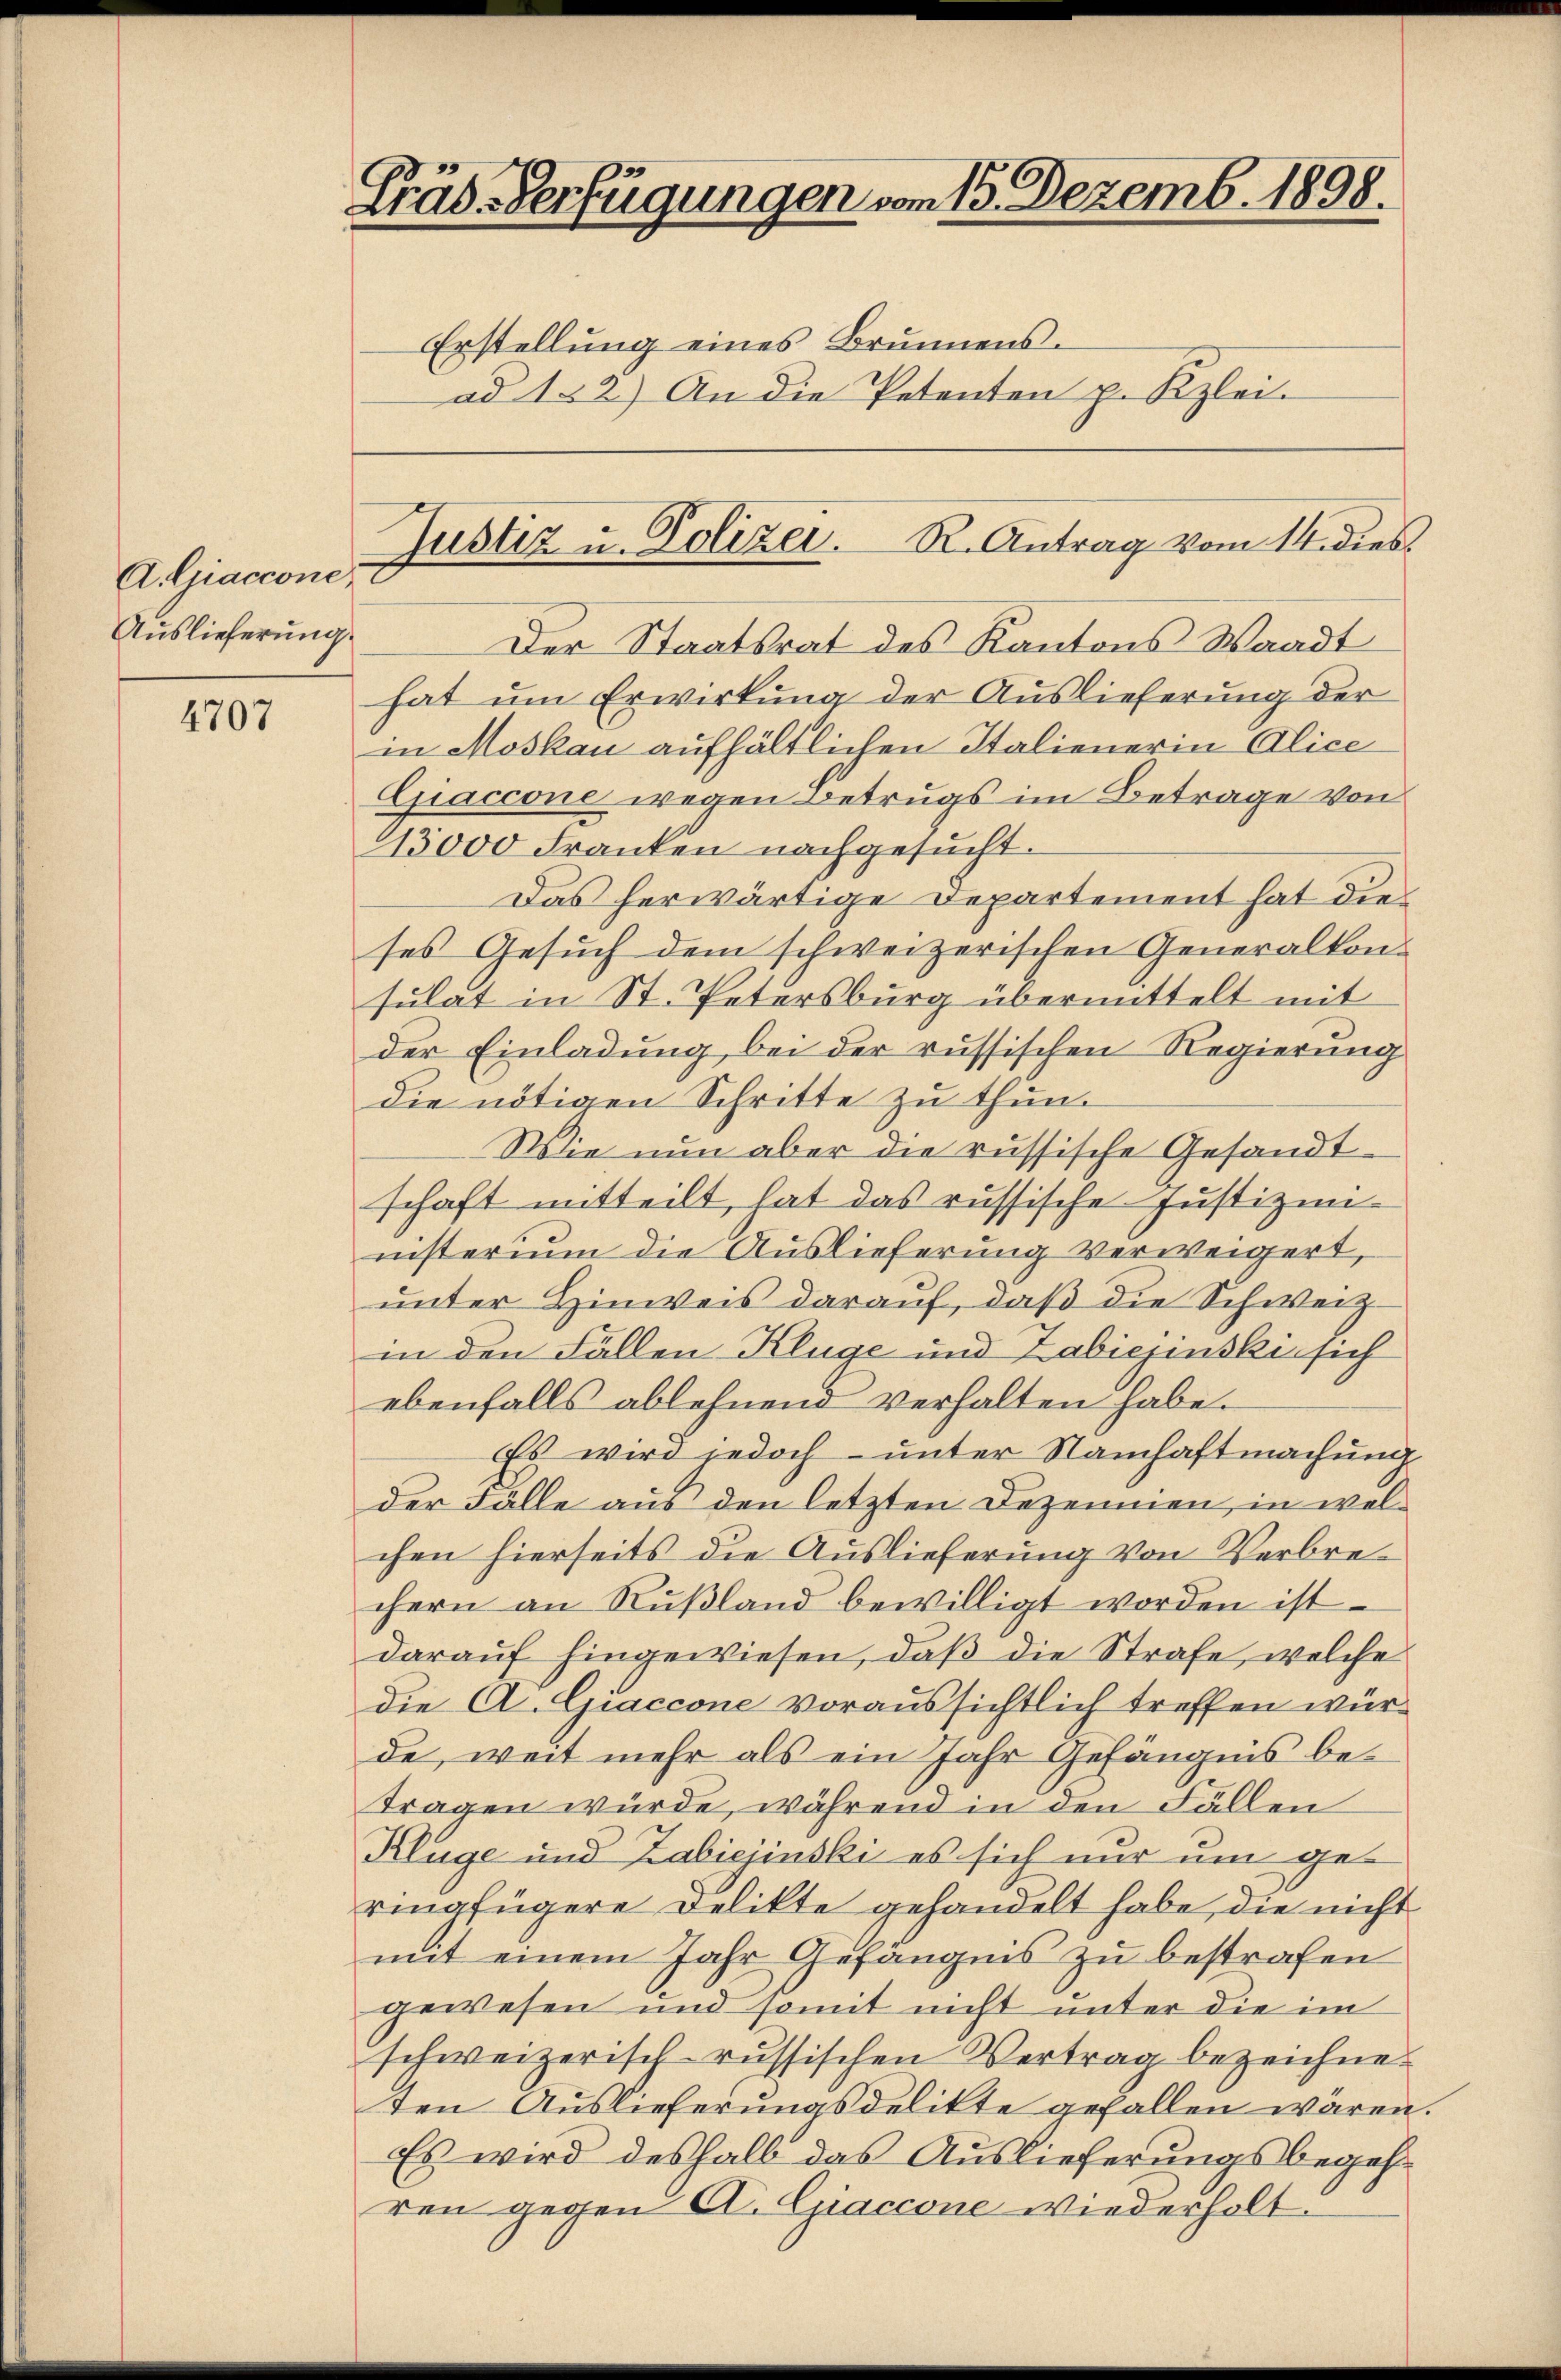
A. Giaccone,
Auslieferung.

4707

c
Mis Verfügungen vom 15. Dezemb. 1898.

Erstellung eines Brunnens.
ad 152) An die Petenten p. Kzlei-

Der Staatsrat des Kantons Waadt
hat um Erwirkung der Auslieferung der
in Moskau aufhältlichen Italienerin Alice
Giaccone wegen Betrugs im Betrage von
43000 Franken nachgesucht.
Das herwärtige Departement hat die
ses Gesuch dem schweizerischen Generalkonsulat in St. Petersburg übermittelt mit
der Einladung bei der russischen Regierung
die nötigen Schritte zu thun.
Wie nun aber die russische Gesandtschaft mitteilt, hat das russische Justiz unnnsterium die Auslieferung verweigert,
unter Hinweis darauf, daß die Schweiz
in den Fällen Kluge und Zabiejinski sich
ebenfalls ablehnend verhalten habe.
Es wird jedoch unter Namhaftmachung
der Fälle aus den letzten Dezemmen, in welchen hierseits die Auslieferung von Verbrechern an Rußland bewilligt worden ist
darauf hingewiesen, daß die Strafe, welche
die A. Giaccone voraussichtlich treffen würde, weit mehr als ein Jahr Gefängnis betragen würde, während in den Fällen
Klüge und Zabiejinski es sich nur um geringfügere Delikte gehandelt habe, die nicht
mit einem Jahr Gefängnis zu bestrafen
gewesen und somit nicht unter die im
schweizerisch-russischen Vertrag bezeichneten Auslieferungsdelikte gefallen wären.
Es wird deshalb das Auslieferungsbegehren gegen C. Giaccone wiederholt.

Justiz u. Polizei. R. Antrag vom 1 dies